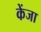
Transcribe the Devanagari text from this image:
केंजा